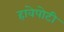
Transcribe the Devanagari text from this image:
हावेपोटी